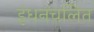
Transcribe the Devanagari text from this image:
इंधनचलित